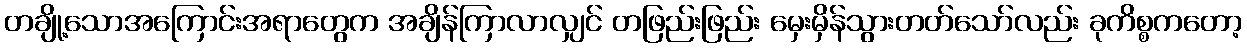
တချို့သောအကြောင်းအရာတွေက အချိန်ကြာလာလျှင် တဖြည်းဖြည်း မှေးမှိန်သွားတတ်သော်လည်း ခုကိစ္စကတော့